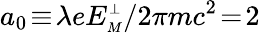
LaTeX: a_{0}\! \equiv\! \lambda eE_{\scriptscriptstyle M}^{\scriptscriptstyle\perp}/2\pi mc^{2}\! =\! 2